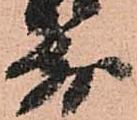
前